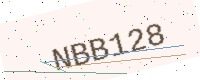
Text: NBB128